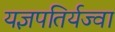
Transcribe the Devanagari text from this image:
यज्ञपतिर्यज्वा